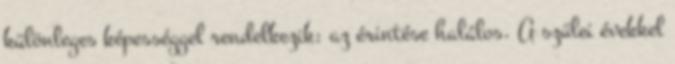
különleges képességgel rendelkezik: az érintése halálos. A szülei évekkel